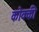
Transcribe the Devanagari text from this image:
कोक्की